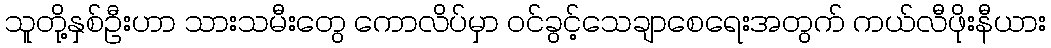
သူတို့နှစ်ဦးဟာ သားသမီးတွေ ကောလိပ်မှာ ဝင်ခွင့်သေချာစေရေးအတွက် ကယ်လီဖိုးနီယား